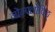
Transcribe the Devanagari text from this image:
नोन्फ्लोविङ्